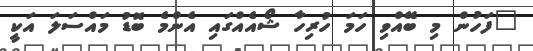
"ފަހުން މި ބޭއްވި ހަމަ ހުރިހާ ޝޯއެއްގައި އެންމެ ބޮޑު މައްސަލަ އަކީ